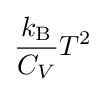
{\frac {k_{\rm {B}}}{C_{V}}}T^{2}